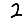
Digit: 2